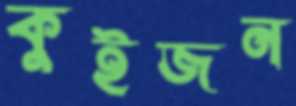
কুইজন